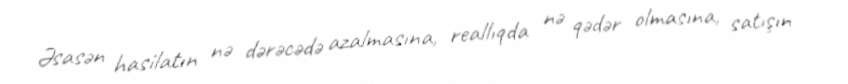
Əsasən hasilatın nə dərəcədə azalmasına, reallıqda nə qədər olmasına, satışın